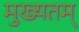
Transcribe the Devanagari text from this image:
मुख्यतम्